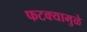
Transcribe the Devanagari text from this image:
फटक्यामुळे